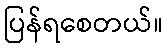
ပြန်ရစေတယ်။